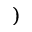
)